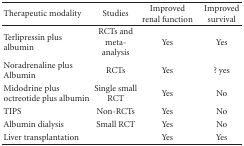
| Therapeutic modality | Studies | Improved renal function | Improved survival |
 | --- | --- | --- | --- |
 | Terlipressin plus albumin | RCTs and meta-analysis | Yes | Yes |
 | Noradrenaline plus Albumin | RCTs | Yes | ? yes |
 | Midodrine plus octreotide plus albumin | Single small RCT | Yes | No |
 | TIPS | Non-RCTs | Yes | No |
 | Albumin dialysis | Small RCT | Yes | No |
 | Liver transplantation |  | Yes | Yes |